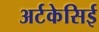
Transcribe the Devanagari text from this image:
अर्टकेसिई